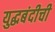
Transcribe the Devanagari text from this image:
युद्धबंदीची